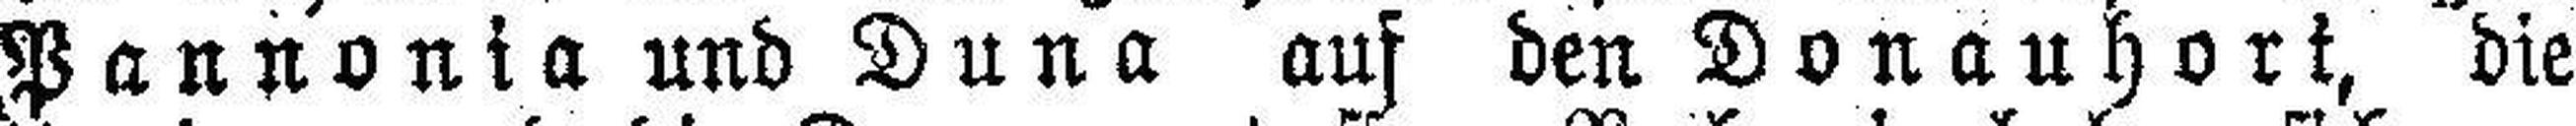
Pannonia und Duna auf den Donauhort, die